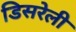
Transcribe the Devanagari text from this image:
डिसरेली